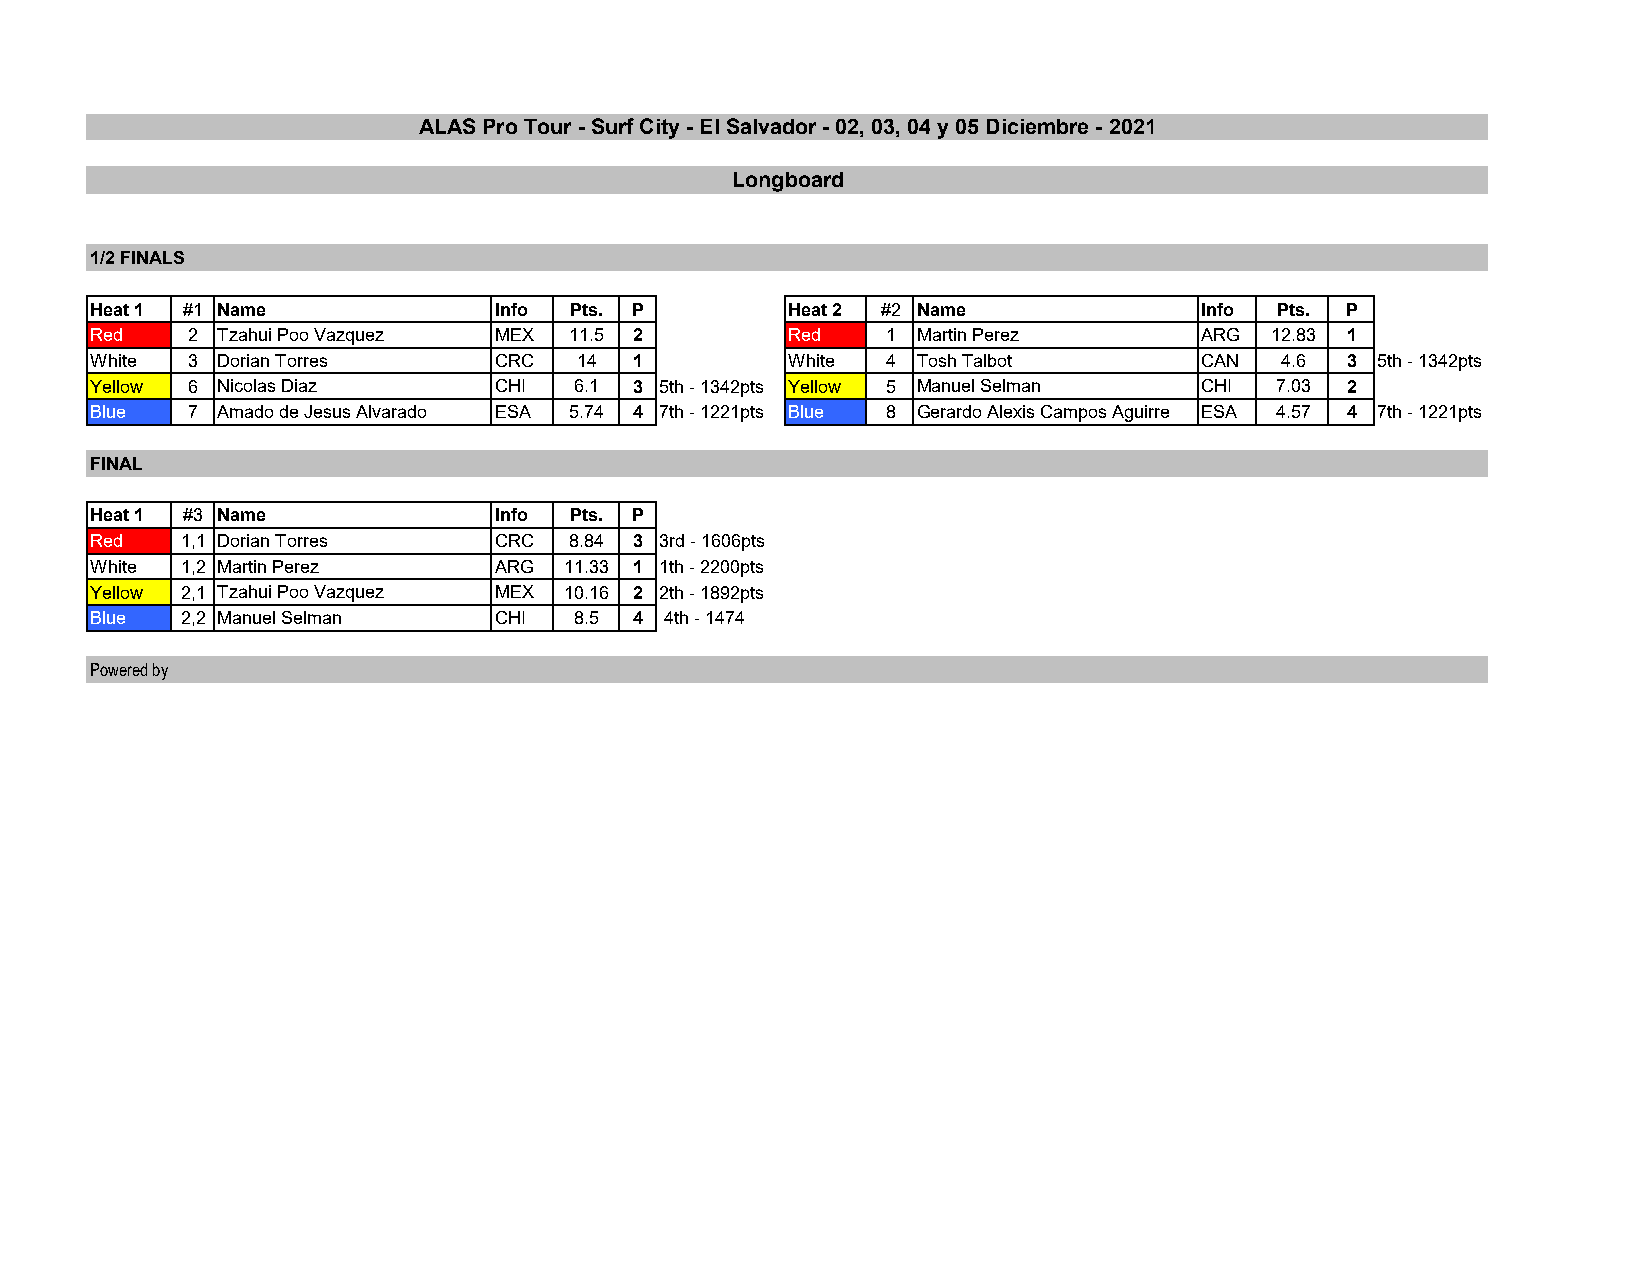
ALAS Pro Tour - Surf City - El Salvador - 02, 03, 04 y 05 Diciembre - 2021
 Longboard
 1/2 FINALS
 Heat 1 #1 Name             Info Pts. P        Heat 2 #2 Name             Info Pts. P
 Red   2 Tzahui Poo Vazquez MEX  11.5 2        Red    1 Martin Perez      ARG  12.83 1
 White 3 Dorian Torres      CRC  14  1         White  4 Tosh Talbot       CAN   4.6 3 5th - 1342pts
 Yellow 6 Nicolas Diaz      CHI  6.1 3 5th - 1342pts Yellow 5 Manuel Selman CHI 7.03 2
 Blue  7 Amado de Jesus Alvarado ESA 5.74 4 7th - 1221pts Blue 8 Gerardo Alexis Campos Aguirre ESA 4.57 4 7th - 1221pts
 FINAL
 Heat 1 #3 Name             Info Pts. P
 Red   1,1 Dorian Torres    CRC  8.84 3 3rd - 1606pts
 White 1,2 Martin Perez     ARG 11.33 1 1th - 2200pts
 Yellow 2,1 Tzahui Poo Vazquez MEX 10.16 2 2th - 1892pts
 Blue  2,2 Manuel Selman    CHI  8.5 4 4th - 1474
 Powered by